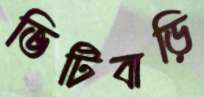
ভিটিবাড়ি